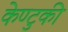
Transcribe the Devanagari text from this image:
केण्टुकी